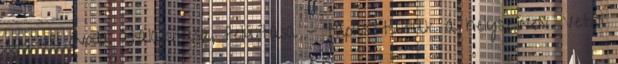
egykori óvoda átalakítása, felújítása - tapasztaltuk a helyszínen. Vetni